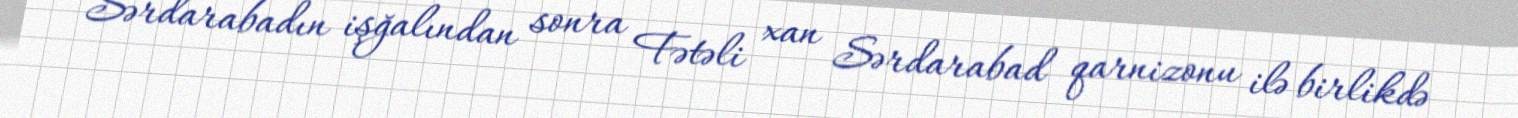
Sərdarabadın işğalından sonra Fətəli xan Sərdarabad qarnizonu ilə birlikdə